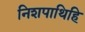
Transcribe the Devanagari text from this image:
निशपाथिहि